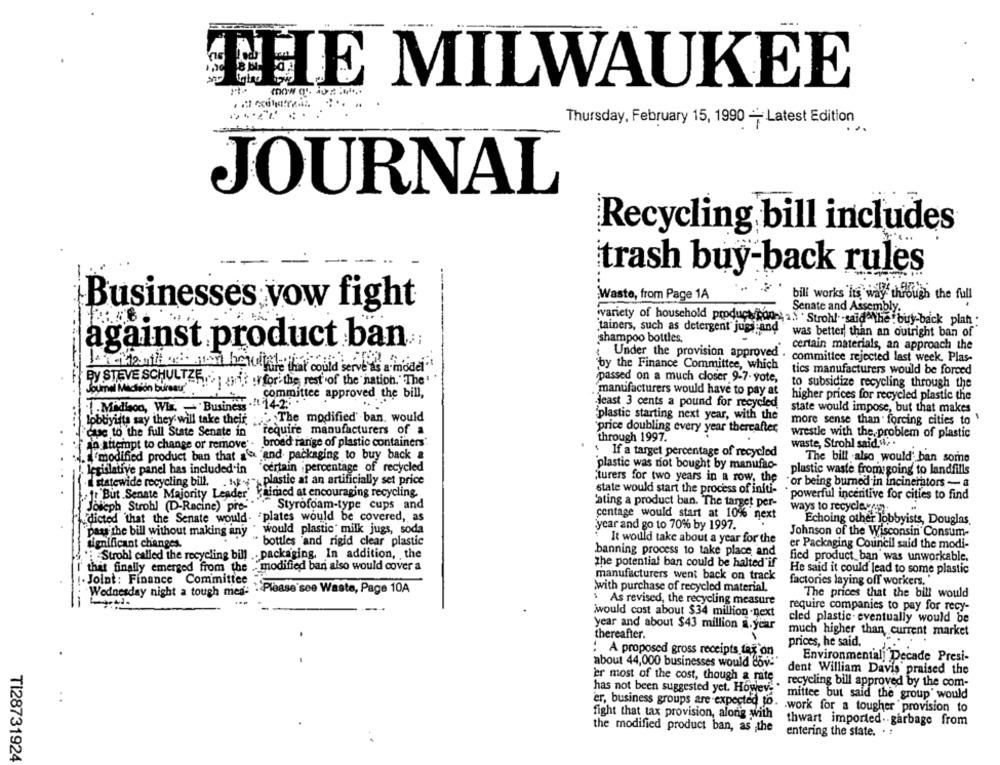
CHIE MILWAUKEE
Thursday, February 15, 1990 - Latest Edition
JOURNAL
Recycling bill includes
trash buy-back rules
Waste, from Page 1A
bill works its way through the full
Businesses vow fight
Senate and Assembly.
variety of household product pon -... " Strobl" said the buy-back plan :
`tainers, such as detergent" jugs and
was better than an outright ban of
against product ban
shampoo bottles,
certain materials, an approach the
Under the provision approved .
committee rejected last week. Plas-
by the Finance Committee, which
tics manufacturers would be forced
By STEVE SCHULTZR. i? ! for. the rest of the nation." The'
passed on a much closer 9-7- yote,
to subsidize recycling through the
Joumel Michson bureau'
committee approved the bill,
manufacturers would have to pay at
higher prices for recycled plastic the
least 3 cents a pound for recycled
Madison, Wi - Business
state would impose, but that makes
lobbyists say they will take their ."The modified' ban. would
'plastic starting next year, with the
more sense than forcing cities to '
price doubling every year thereafter,
"cue to the full State Senate in
require manufacturers of a
wrestle with the problem of plastic
to attempt to change or remove"
broad range of plastic containers'
through 1997.
waste, Strobl said. .
."modified product ban that aa and packaging to buy back a
: If a target percentage of recycled
The bill also would' ban some
plastic was riot bought by manufao-
! legislative panel has included in
"certain percentage of recycled
plastic waste from:going to landfills
statewide recycling bill,
Wy plastic at an artificially set price
"turers for two years in a row, the
state would start the process of initi-
"or being burned in incinerators - a
.
: But .Senate Majority Leader.
aimed at encouraging recycling.
powerful incentive for cities to find
Styrofoam-type cups and
'ating a product ban. The target per-
"Joseph Strohl (D-Racine) pre-""
ways to recycleren.
.dicted that the Senate would.
centage would start at 10% next
Echoing other lobbyists, Douglas
year and go to 70% by 1997.
pays the bill without making any
would plastic milk jugs, soda
Johnson of the Wisconsin Consum-
significant changes.
bottles "and rigid clear plastic
It would take about a year for the
banning process to take place and
er Packaging Council said the modi-
Strobl called the recycling bill .. packaging. In addition, the
fied product ban was unworkable.
that finally emerged from the . modified ban also would cover a
the potential ban could be halted'if
He said it could lead to some plastic
.Joint: Finance Committee
manufacturers went back on track
factories laying off workers,'
:Please see Waste, Page 10A
with purchase of recycled material.
Wednesday night a tough med-
The prices that the bill would
. As revised, the recycling measure
require companies to pay for recy-
iwould cost about $34 million .next
cled plastic . eventually would be
year and about $43 million a.ycar
thereafter.
much higher than current market
prices, he said.
: A proposed gross receipts tax on
Environmental Decade Presi-
about 44,000 businesses would dov:"
dent William Davis praised the
er most of the cost, though a rate
has not been suggested yet. Howev ..
recycling bill approved by the com-
mittee but said the group' would
er, business groups are expected to.
.work for a tougher provision to
fight that tax provision, along with
the modified product ban, as the
thwart imported .. garbage from
entering the state.
TI28731924